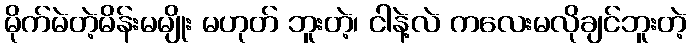
မိုက်မဲတဲ့မိန်းမမျိုး မဟုတ် ဘူးတဲ့၊ ငါနဲ့လဲ ကလေးမလိုချင်ဘူးတဲ့